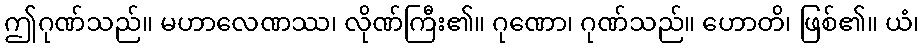
ဤဂုဏ်သည်။ မဟာလေဏဿ၊ လိုဏ်ကြီး၏။ ဂုဏော၊ ဂုဏ်သည်။ ဟောတိ၊ ဖြစ်၏။ ယံ၊